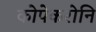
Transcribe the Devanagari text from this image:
कोपेकरोनि